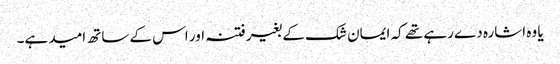
یا وہ اشارہ دے رہے تھے کہ ایمان شک کے بغیر فتنہ اور اس کے ساتھ امید ہے۔